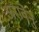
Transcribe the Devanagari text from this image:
अरावेनु